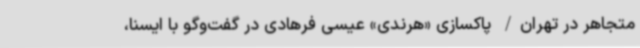
متجاهر در تهران/ پاکسازی «هرندی» عیسی فرهادی در گفت‌وگو با ایسنا،